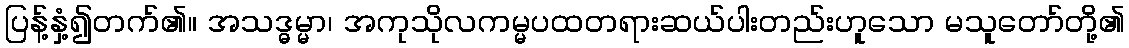
ပြန့်နှံ့၍တက်၏။ အသဒ္ဓမ္မာ၊ အကုသိုလကမ္မပထတရားဆယ်ပါးတည်းဟူသော မသူတော်တို့၏